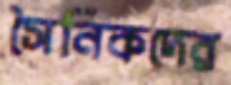
সৈনিকদের